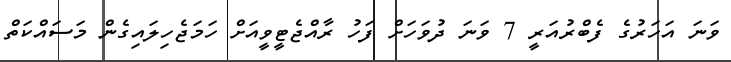
ވަނަ އަހަރުގެ ފެބްރުއަރީ 7 ވަނަ ދުވަހަށް ފަހު ރާއްޖެޓީވީއަށް ހަމަޖެހިލައިގެން މަސައްކަތް